Indian journal of veterinary science and animal husbandry - Volumes 15-17, 1948-1951
Year: 1948
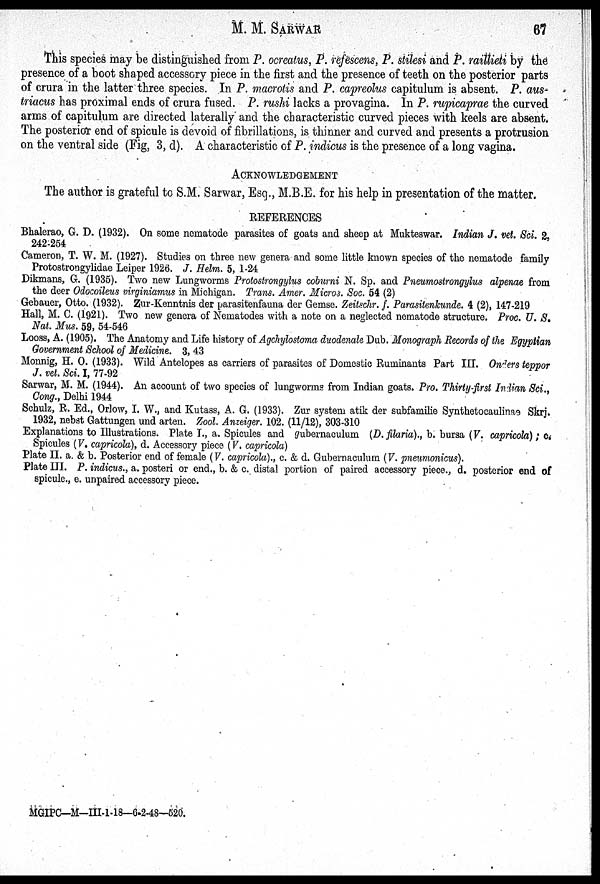
M. M.
SARWAR
67
This species may be distinguished from P. ocreatus, P. refescens, P. stilesi and P. raillieti by the
presence of a boot shaped accessory piece in the first and the presence of teeth on the posterior parts
of crura in the latter three species. In P. macrotis and P. capreolus capitulum is absent. P. aus-
triacus has proximal ends of crura fused. P. rushi lacks a provagina. In P. rupicaprae the curved
arms of capitulum are directed laterally and the characteristic curved pieces with keels are absent.
The posterior end of spicule is devoid of fibrillations, is thinner and curved and presents a protrusion
on the ventral side (Fig, 3, d). A characteristic of P. indicus is the presence of a long vagina.
ACKNOWLEDGEMENT
The author is grateful to S.M. Sarwar, Esq., M.B.E. for his help in presentation of the matter.
REFERENCES
Bhalerao, G. D. (1932). On some nematode parasites of goats and sheep at Mukteswar. Indian J. vet. Sci. 2,
242-254
Cameron, T. W. M. (1927). Studies on three new genera and some little known species of the nematode family
Protostrongylidae Leiper 1926. J. Helm. 5, 1-24
Dikmans, G. (1935). Two new Lungworms Protostrongylus coburni N. Sp. and Pneumostrongylus alpenae from
the deer Odocoileus virginiamus in Michigan. Trans. Amer. Micros. Soc. 54 (2)
Gebauer, Otto. (1932). Zur-Kenntnis der parasitenfauna der Gemse. Zeitschr. f. Parasitenkunde. 4 (2), 147-219
Hall, M. C. (1921). Two new genera of Nematodes with a note on a neglected nematode structure. Proc. U. S.
Nat. Mus. 59, 54-546
Looss, A. (1905). The Anatomy and Life history of Agchylostoma duodenale Dub. Monograph Records of the Egyptian
Government School of Medicine. 3, 43
Monnig, H. O. (1933). Wild Antelopes as carriers of parasites of Domestic Ruminants Part III. Onders teppor
J. vet. Sci. I, 77-92
Sarwar, M. M. (1944). An account of two species of lungworms from Indian goats. Pro. Thirty-first Indian Sci.,
Cong., Delhi 1944
Schulz, R. Ed., Orlow, I. W., and Kutass, A. G. (1933). Zur system atik der subfamilie Synthetocaulinas Skrj.
1932, nebst Gattungen und arten. Zool. Anzeiger. 102. (11/12), 303-310
Explanations to Illustrations. Plate I., a. Spicules and gubernaculum (D. filaria)., b. bursa (V. capricola); c.
Spicules (V. capricola), d. Accessory piece (V. capricola)
Plate II. a. & b. Posterior end of female (V. capricola)., c. & d. Gubernaculum (V. pneumonicus).
Plate III. P. indicus., a. posteri or end., b. & c. distal portion of paired accessory piece., d. posterior end of
spicule., e. unpaired accessory piece.
MGIPC—M—III-1-18—6-2-48—520.